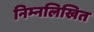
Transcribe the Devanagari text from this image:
निम्‍नलिखित